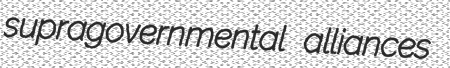
supragovernmental alliances